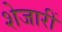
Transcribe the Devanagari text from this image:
शेजारीं